Document type: Sale
Year: 1305
Scribe: Bernat de Vilarúbia
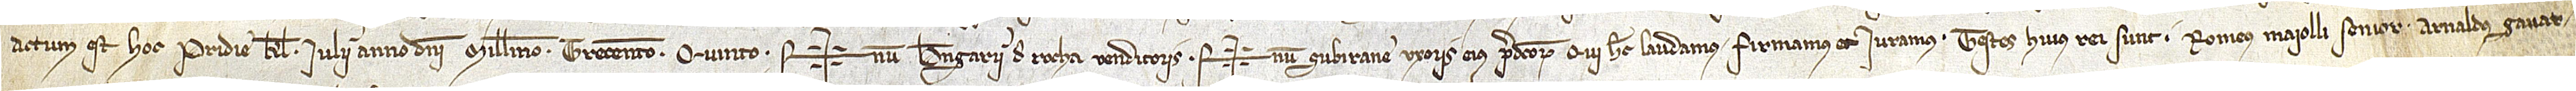
Actum est hoc pridie kalendas iulii, anno Domini millesimo trecentesimo quinto. Sig+num Berengarii de Rocha, venditoris, Sig+num Subirane, uxoris eius, predictorum qui hec laudamus, firmamus et iuramus. Testes huius rei sunt: Romeus Maiolli senior, Arnaldus Gavar-